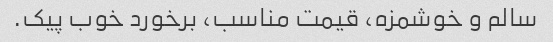
سالم و خوشمزه، قیمت مناسب، برخورد خوب پیک.